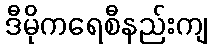
ဒီမိုကရေစီနည်းကျ